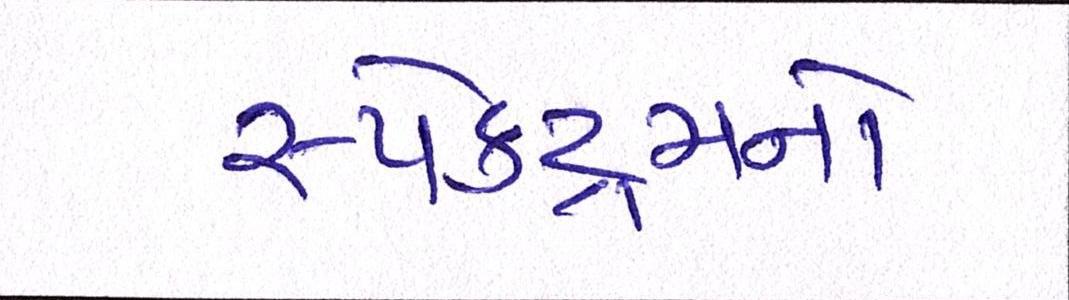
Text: સ્પેક્ટ્રમનો